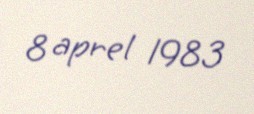
8 aprel 1983